Bréfritari: Soffía Daníelsdóttir
Viðtakandi: Jakobína Magnúsdóttir og Daníel Halldórsson
Dagsetning: A-1901-08-18
Skrifað á: Skeggjastöðum  N-Múl.
Soffía var dóttir Jakobínu og Daníels

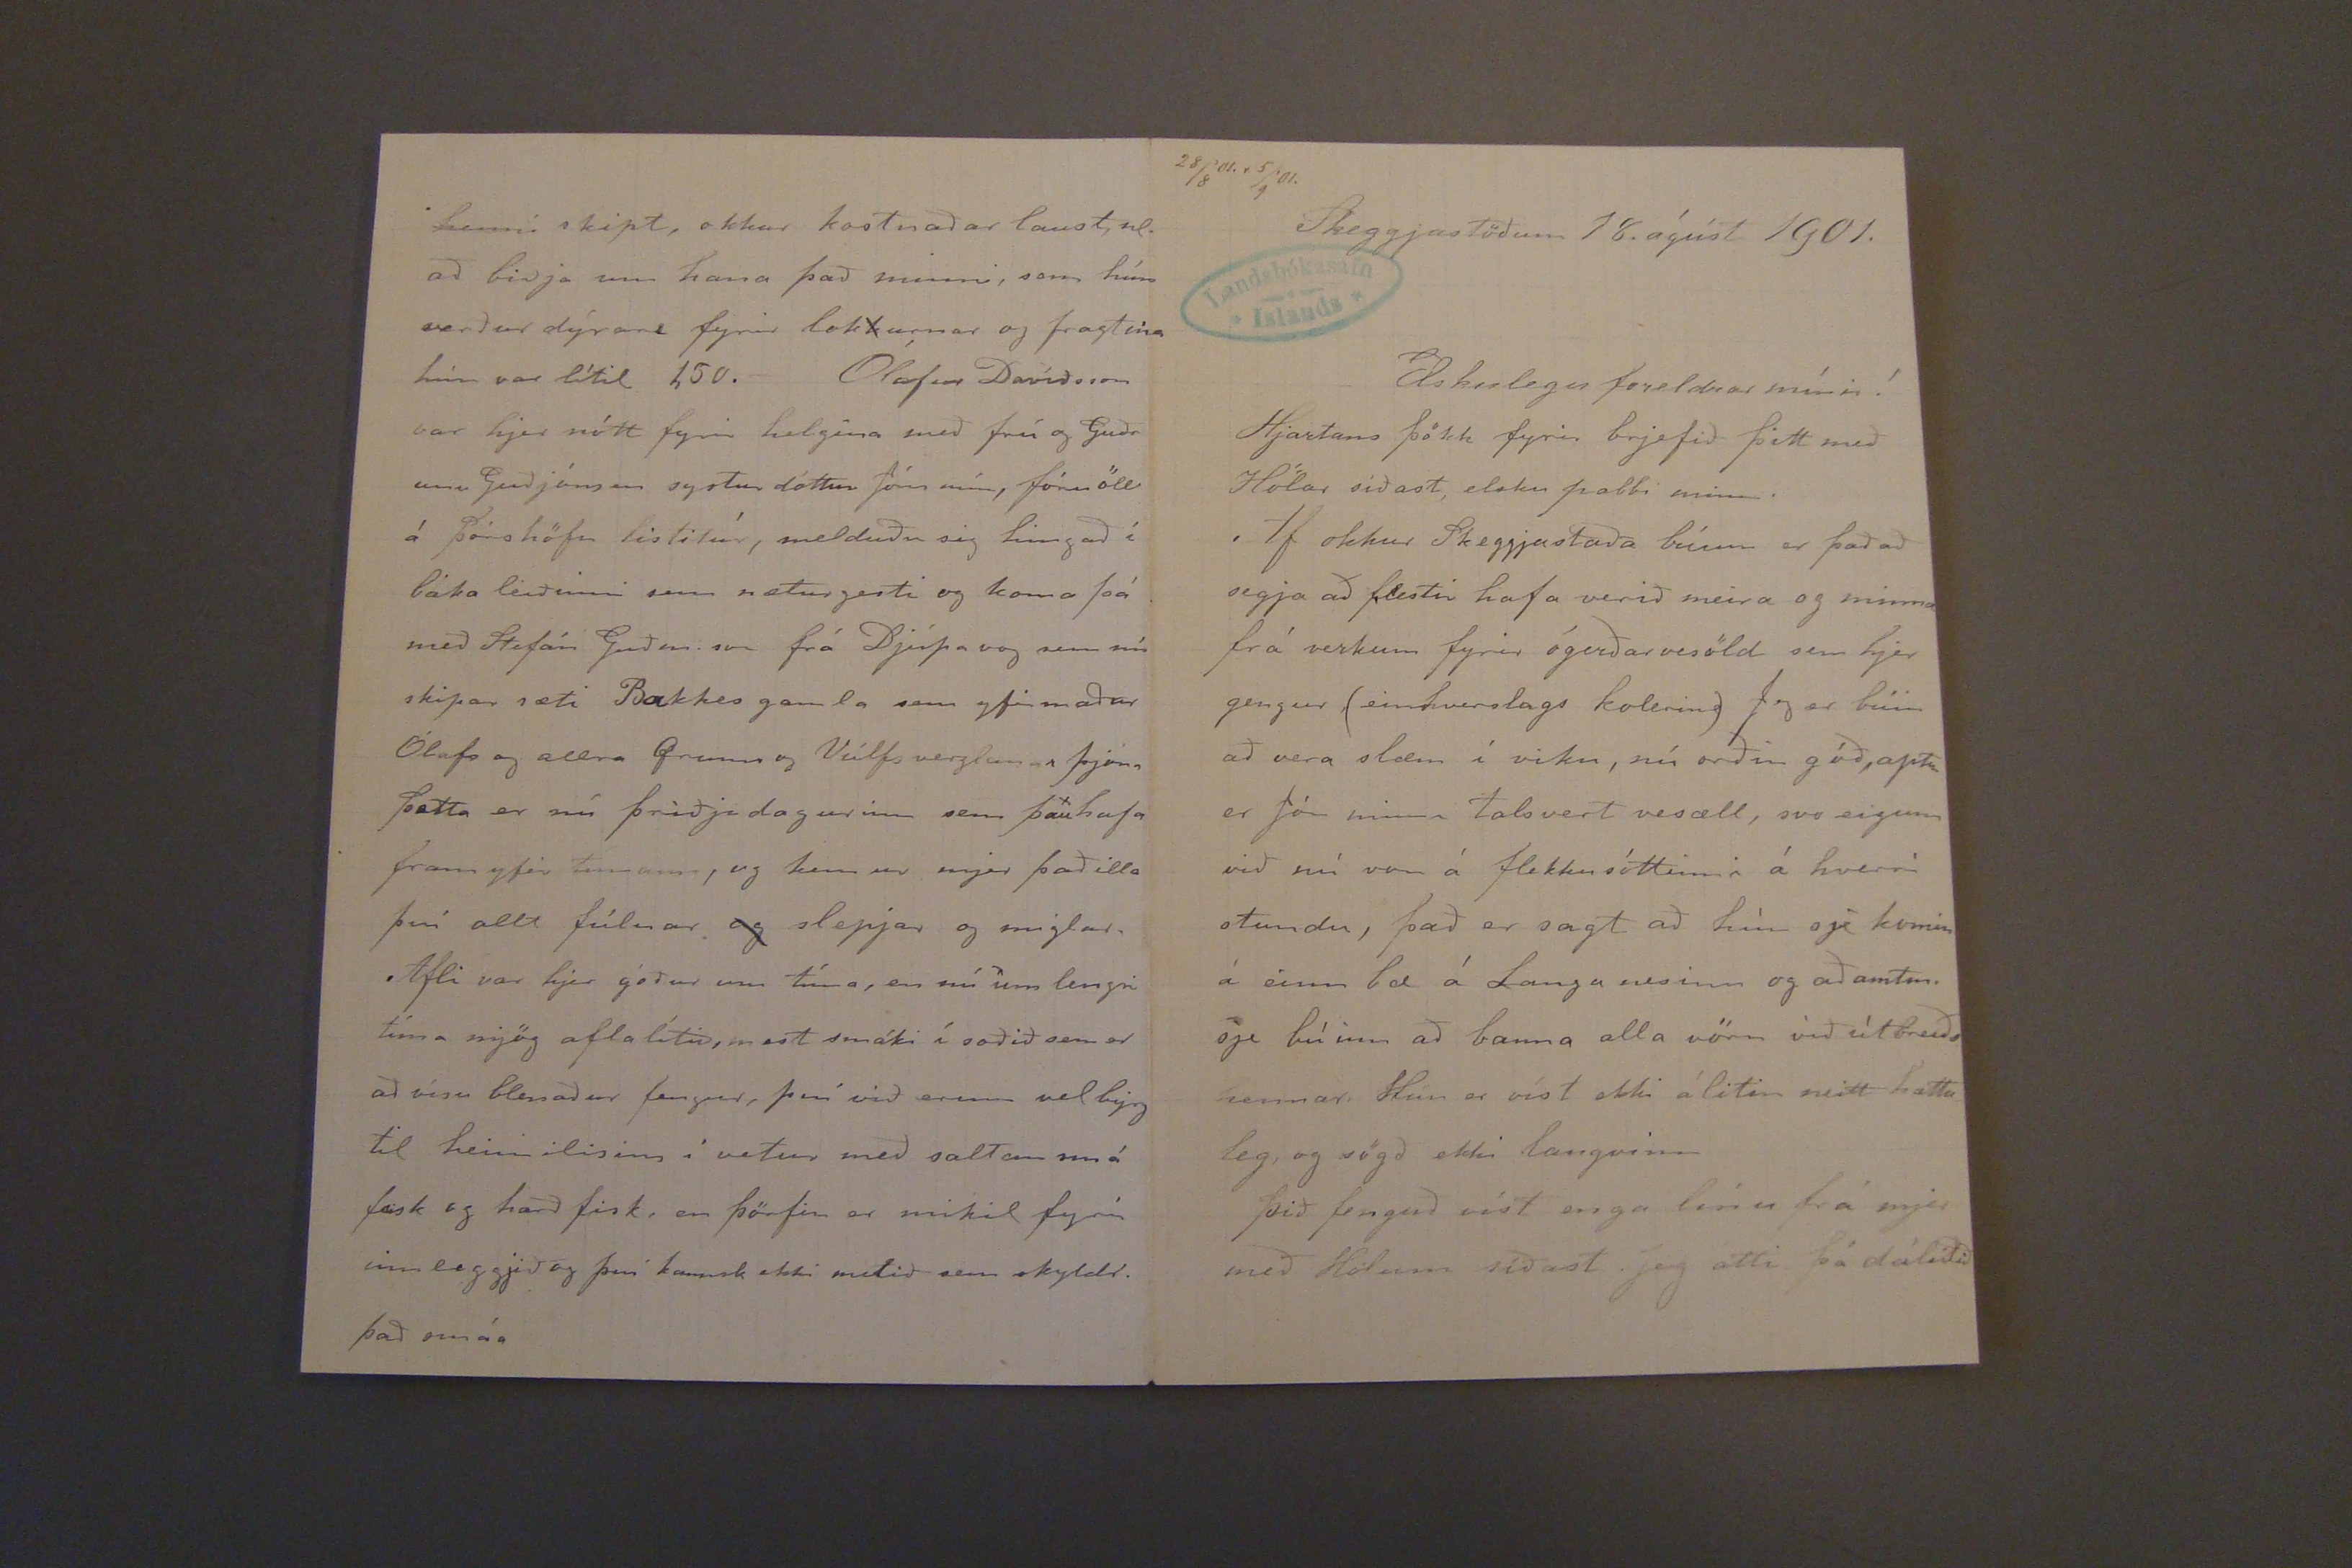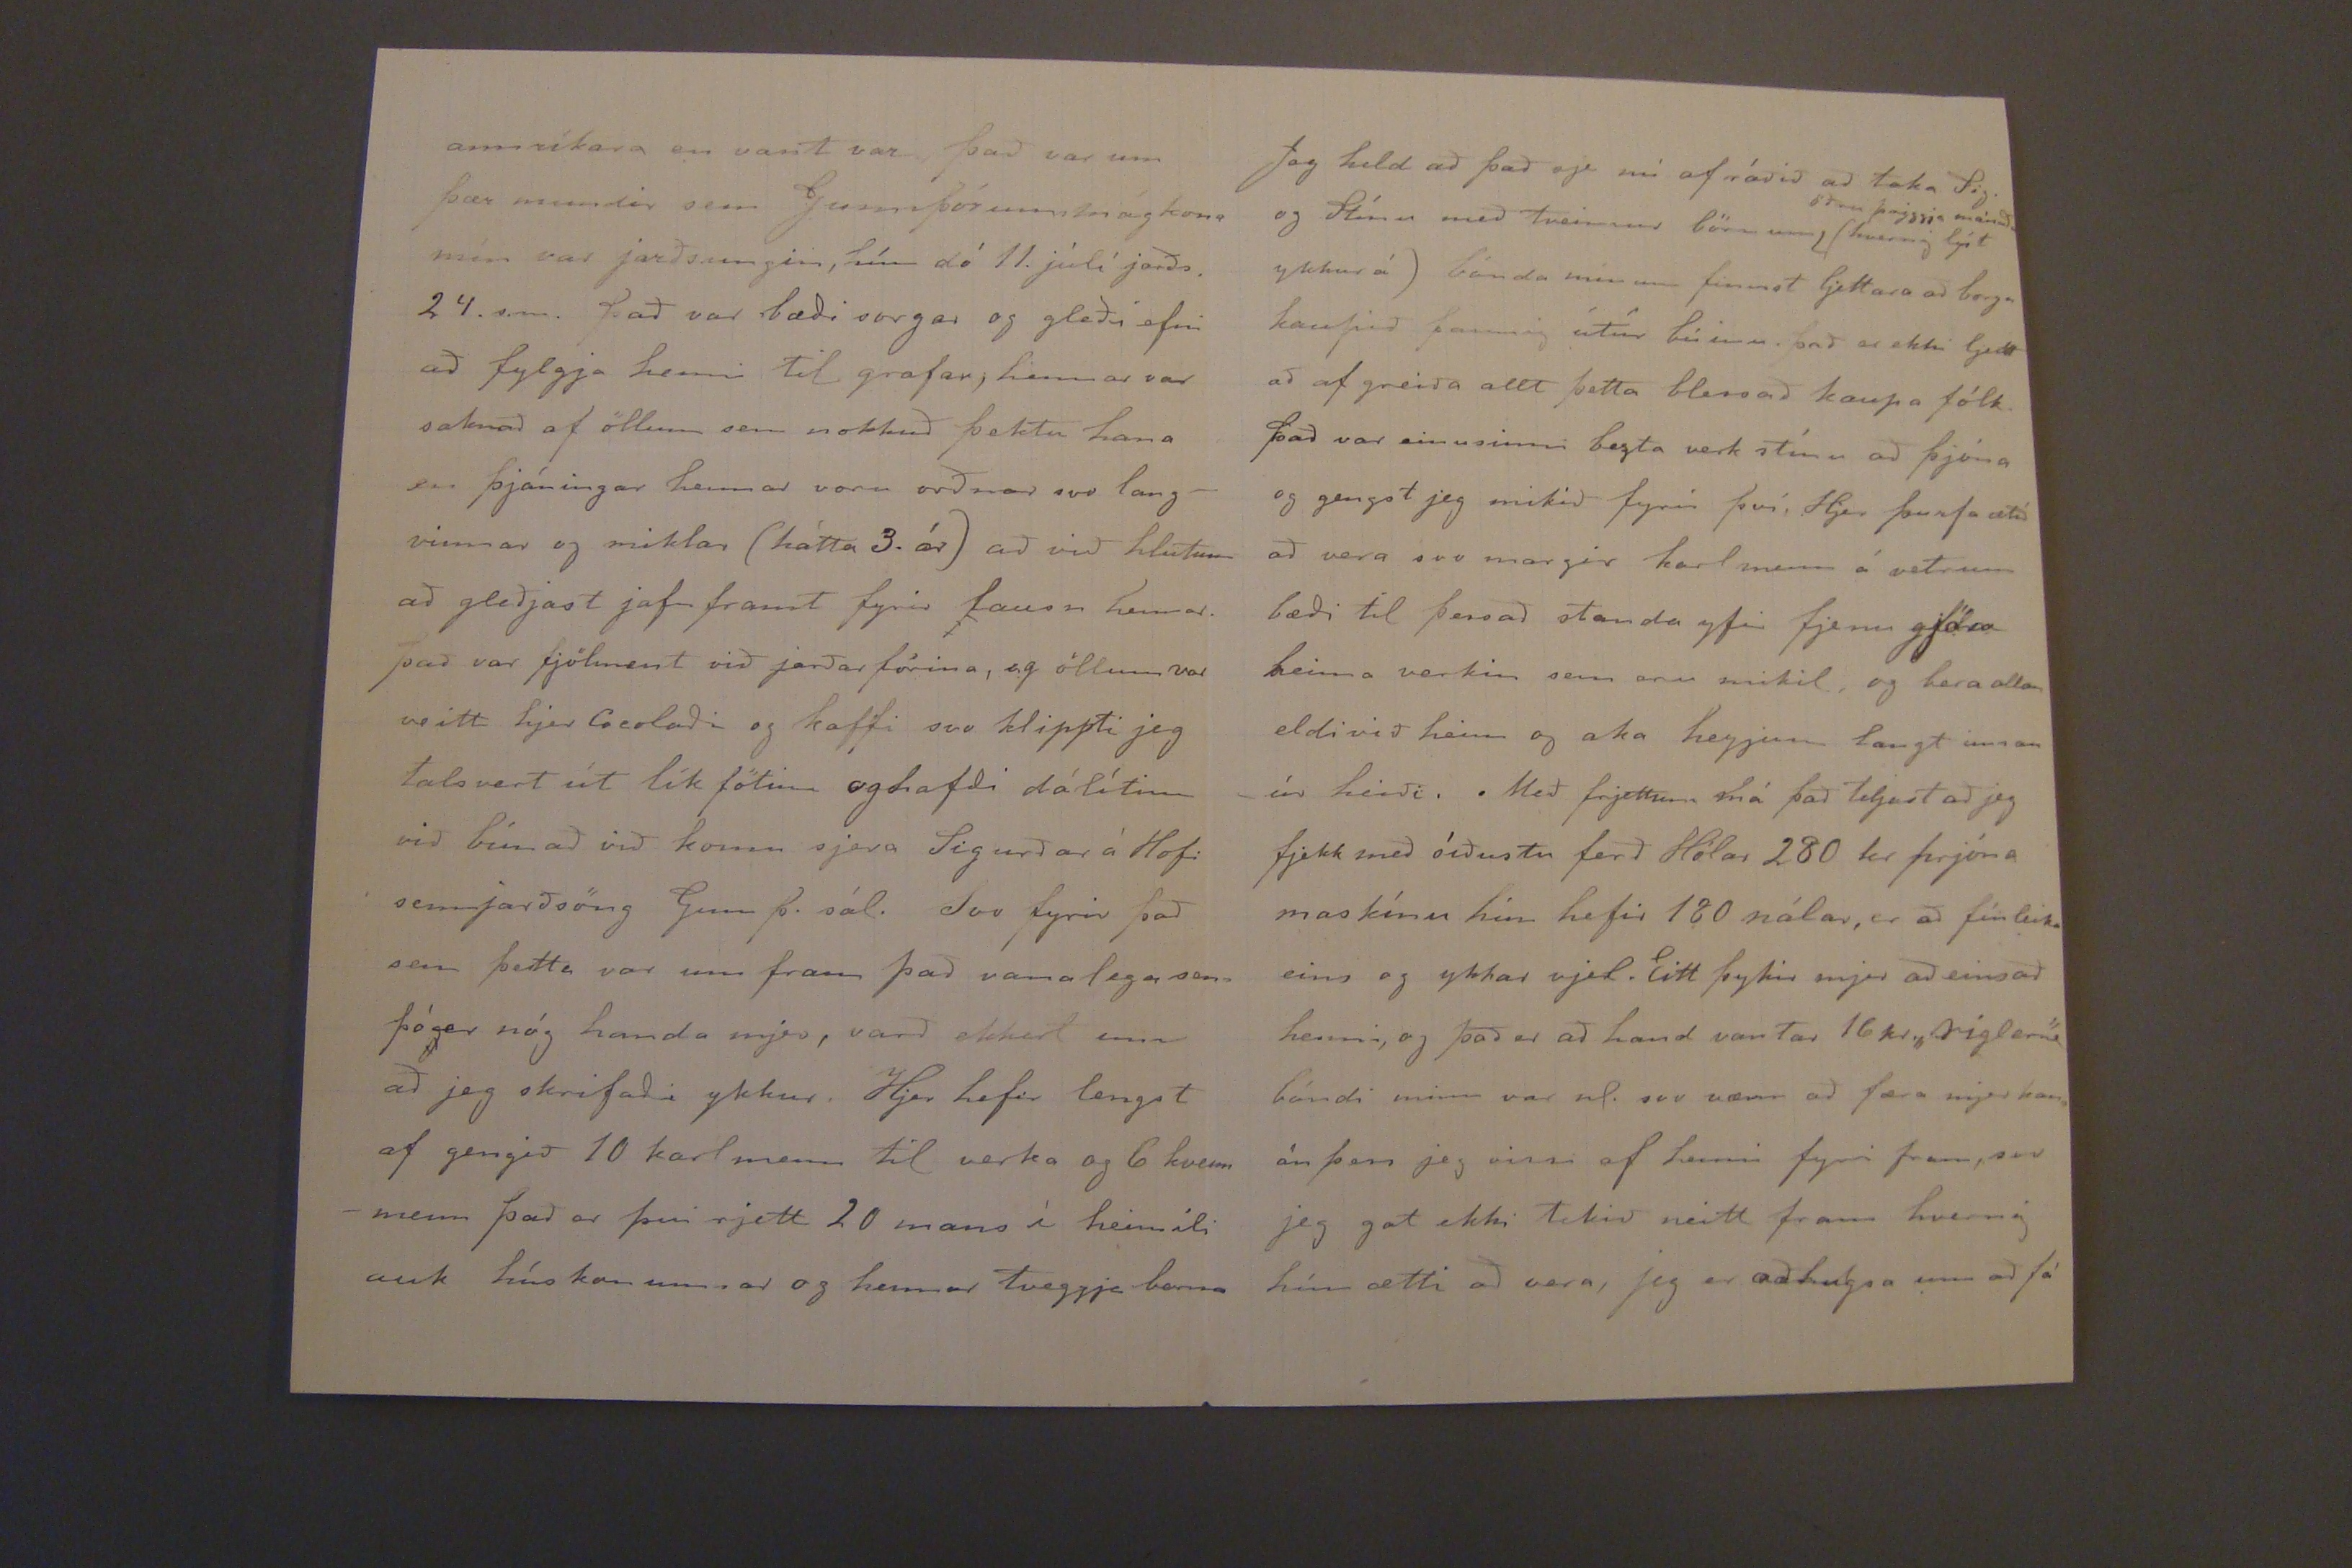

28/8'01.r 5/9'01.
Skeggjastöðum 18. ágúst 1901.
Elskulegu foreldrar mínir!
Hjartans þökk fyrir brjefið þitt með Hólar síðast, elsku pabbi minn.
Af okkur Skeggjastaða búum er það að segja að flestir hafa verið meira og minna frá verkum fyrir ógerðarvesöld sem hjer gengur (einhversdags kolerin) Jeg er búin að vera slæm í viku, nú orðin góð, aptur er Jön minn talsvert vesæll. svo eigum við nú von á flekkusóttinni á hverri stundu, það er sagt að hún sje komin á einn bæ á Langanesinu og að amtm. sje búinn að banna alla vöru við útbreiðs hennar. Hún er víst ekki álitin neitt hættu leg, og sögð ekki languinn
þið fenguð víst enga línu frá mjer með Holum síðast Jeg átti þá dálítið
annríkara en vant var það var um þær mundir sem Gunnþórunn, mágkona mín var jarðsungin, hún dó 11. júlí jarðs. 24. s.m. það var bæði sorgar og gleði efni að fylgja henni til grafar, hennar var saknað af öllum sem nokkuð þektu hana en þjáningar hennar voru orðnar svo langvinnar og miklar (hátta 3. ár) að við hlutum að gleðjast jafn framt fyrir lausn hennar. það var fjölment við jarðarförina, og öllum var veitt hjer
Gerlaði
og kaffi svo klippti jeg talsvert úr lík fötum og hafði dálítinn við búnað við komu sjera Sigurðar á Hofi semjarðsöng Gunnþ. sál. Svo fyrir það sem þetta var um fram það vanalega sem þó
g
er nóg handa mjer, varð ekkert enn að jeg skrifaði ykkur. Hjer hefir lengst af gengið 10 karlmenn til verka og 6 kvennmenn það er þvi rjett 20 mans í heimili auk húskonunnar og hennar tveggja barna
henni skipt, okkur kostnaðar laust, nl. að biðja um hana það minni, sem hún verður dýrar fyrir lok
k
urnar og fragtinu hún var lítil 150. Ólafur Davíðsson var hjer nótt fyrir helgina með frú og Guðr unu Guðjónsen systur dóttur Jóns mín, fóru öll á þórshöfn listitúr, snelduðu sig hingað í baka leiðinni sem nætur gesti og kom aþá með Stefán Guðm. svo frá Djúpavog sem nú skipar sæti Bakkes gamla sem yfir maður Ólafs allra
Grunni
og Válfs verzlunar þjóna þetta er nú þriðjudagurinn sem þau
x
hafa fram yfir tímann, og kem ur mjer það ill a því allt fúlnar
og
slepjar og sniglar. Afli var hjer góður um tíma, en nú um lengri tíma mjög afla lítið, mest sáki í soðið sem er að vísu blessaður fengur, því við erum vel byrg til heimilisins í vetur með saltan smá fisk og harð fisk, en þörfin er mikil fyrir innleggjið og því kannsk ekki mikið sem skyldl. það smáa
Jeg held að það sje nú af ráðið að taka Sig. og Stínu með tveimur börnum
öðru þriggja mánaða
(hvernig ljét ykkur á) bónda minum finnst ljettara að borga kaupið þannig útúr búinu. það er ekki ljett að af greiða allt þetta blessað kaupa fólk. það var einusinni bezta verk stínu að þjóna og gengst jeg mikið fyrir því. Hjer þurfa ætíð að vera svo margir karlmenn á vetrum bæði til þess að standa yfir fjenu gjöra heima verkin sem eru mikil, og bera alla eldi við heim og aka heyjinu langt innan úr heiði.Með frjettum má það teyast að jeg fjekk með síðustu ferð Hólar 280 kr prjóna maskínu hin hefir 180 nálar, er að fín leika eins og ykkar vjel. Eitt þykir mjer að eins að henni, og það er að hana vantar 16 kr.
"ríglerne"
bóndi minn var nl. svo vænn að færa mjer hana án þess jeg vissi af henni fyrir fram, svo jeg gat ekki tekið neitt fram hvernig hún ætti að vera, jeg er að hugsa um að fá